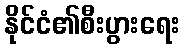
နိုင်ငံ၏စီးပွားရေး